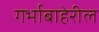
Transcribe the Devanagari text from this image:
गर्भाबाहेरील